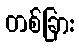
တစ်ခြား